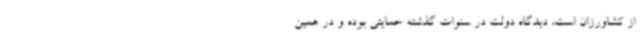
از کشاورزان است، دیدگاه دولت در سنوات گذشته حمایتی بوده و در همین